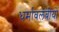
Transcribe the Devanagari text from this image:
धर्मावलंबीयों